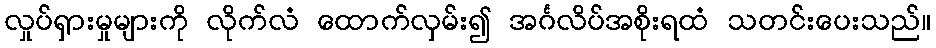
လှုပ်ရှားမှုများကို လိုက်လံ ထောက်လှမ်း၍ အင်္ဂလိပ်အစိုးရထံ သတင်းပေးသည်။